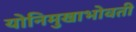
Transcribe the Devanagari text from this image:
योनिमुखाभोवती